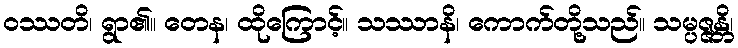
ဝဿတိ၊ ရွာ၏။ တေန၊ ထိုကြောင့်။ သဿာနိ၊ ကောက်တို့သည်။ သမ္ပဇ္ဇန္တိ၊